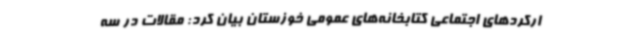
ارکردهای اجتماعی کتابخانه‌های عمومی خوزستان بیان کرد: مقالات در سه‌